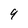
Character: 9